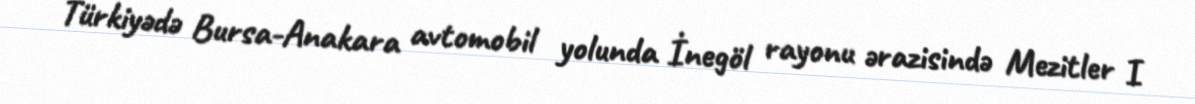
Türkiyədə Bursa-Anakara avtomobil yolunda İnegöl rayonu ərazisində Mezitler I